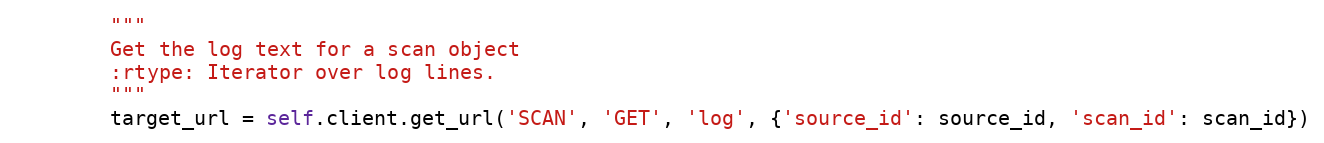
Language: Python
        """
        Get the log text for a scan object
        :rtype: Iterator over log lines.
        """
        target_url = self.client.get_url('SCAN', 'GET', 'log', {'source_id': source_id, 'scan_id': scan_id})